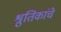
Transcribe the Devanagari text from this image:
श्रुतिकांचे